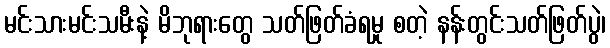
မင်းသားမင်းသမီးနဲ့ မိဘုရားတွေ သတ်ဖြတ်ခံရမှု စတဲ့ နန်းတွင်းသတ်ဖြတ်ပွဲ၊